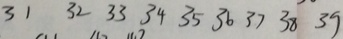
3 1 3 2 3 3 3 4 3 5 3 6 3 7 3 8 3 9